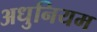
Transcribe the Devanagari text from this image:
अधुनियम